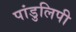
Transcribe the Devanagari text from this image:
पांडुलिपी